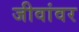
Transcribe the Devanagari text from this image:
जीवांवर